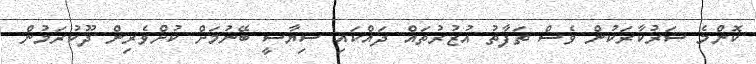
ކޮންމެ ސަރުކާރަކުން ވެސް ތަފާތު އުޒުރުތައް ދައްކައި ސިޔާސީ ބޭނުމަށް ކުށްވެރިން ދޫކުރަމުން